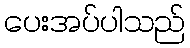
ပေးအပ်ပါသည်